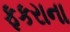
ફકરાના